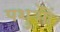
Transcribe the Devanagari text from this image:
पशुऒं